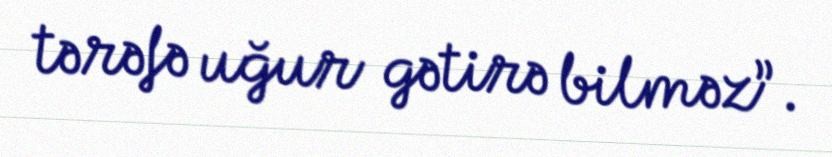
tərəfə uğur gətirə bilməz”.